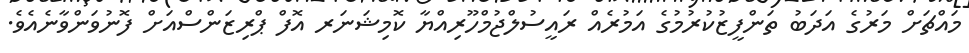
މައްޗަށް މަރުގެ އަދަބު ތަންފީޒުކުރުމުގެ އަމުރެއް ރައީސުލްޖުމްހޫރިއްޔާ ކޮމިޝަނަރ އޮފް ޕްރިޒަންސްއަށް ފޮނުވަންވާނެއެވެ.